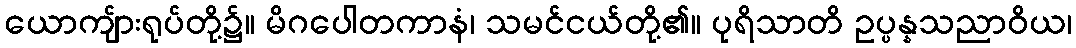
ယောကျ်ားရုပ်တို့၌။ မိဂပေါတကာနံ၊ သမင်ငယ်တို့၏။ ပုရိသာတိ ဥပ္ပန္နသညာဝိယ၊